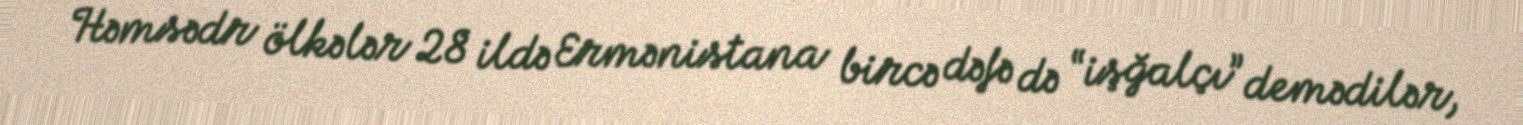
Həmsədr ölkələr 28 ildə Ermənistana bircə dəfə də “işğalçı” demədilər,